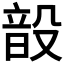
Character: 𮸳